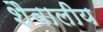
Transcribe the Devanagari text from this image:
शैवालीय